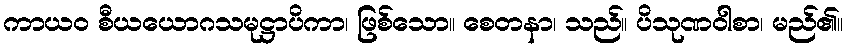
ကာယဝ စီယယောဂသမုဋ္ဌာပိကာ၊ ဖြစ်သော။ စေတနာ၊ သည်။ ပိသုဏဝါစာ၊ မည်၏။